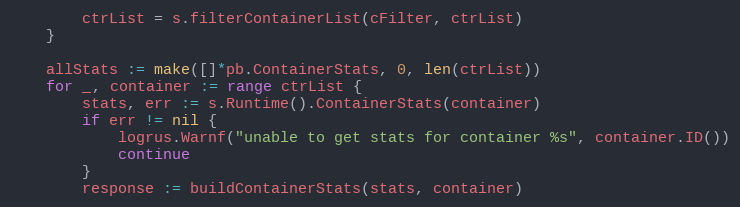
Language: Go
		ctrList = s.filterContainerList(cFilter, ctrList)
	}

	allStats := make([]*pb.ContainerStats, 0, len(ctrList))
	for _, container := range ctrList {
		stats, err := s.Runtime().ContainerStats(container)
		if err != nil {
			logrus.Warnf("unable to get stats for container %s", container.ID())
			continue
		}
		response := buildContainerStats(stats, container)